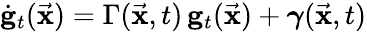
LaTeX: \dot{\mathbf g}_{t}(\vec{\mathbf x})=\Gamma(\vec{\mathbf x},t)\, {\mathbf g}_{t}(\vec{\mathbf x})+\boldsymbol{\gamma}(\vec{\mathbf x},t)